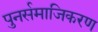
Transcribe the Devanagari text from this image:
पुनर्समाजिकरण